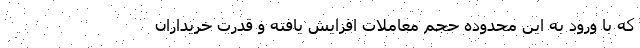
که با ورود به این محدوده حجم معاملات افزایش یافته و قدرت خریداران